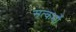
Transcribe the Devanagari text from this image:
सत्कर्मो